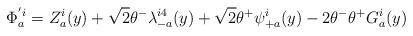
LaTeX: \begin{align*}\Phi_a^{'i}=Z_a^i(y) +\sqrt 2 \theta^- \lambda_{-a}^{i4}(y)+\sqrt 2 \theta^+ \psi_{+a}^i(y)-2\theta^- \theta^+ G_a^i(y)\end{align*}